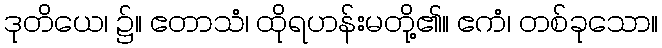
ဒုတိယေ၊ ၌။ ဧတာသံ၊ ထိုရဟန်းမတို့၏။ ဧကံ၊ တစ်ခုသော။